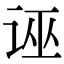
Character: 诬